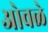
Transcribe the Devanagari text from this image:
ओवळे